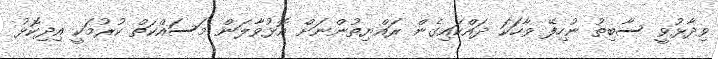
ވިދާޅުވީ ސާބިތު ނުހިފޭ ވާހަކަ ދައްކައިގެން ރައްޔިތުންނަށް އޮޅުވާލަން މަސައްކަތް ކުރުމަކީ އިދިކޮޅު